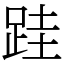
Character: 跬